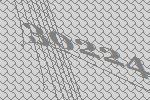
30224